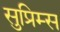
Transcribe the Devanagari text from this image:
सुप्रिम्स